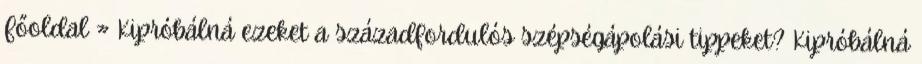
Főoldal » Kipróbálná ezeket a századfordulós szépségápolási tippeket? Kipróbálná